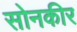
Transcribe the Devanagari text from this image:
सोनकीर